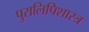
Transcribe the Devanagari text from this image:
पुरालिपिशास्त्र